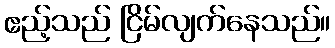
ဧည့်သည် ငြိမ်လျက်နေသည်။